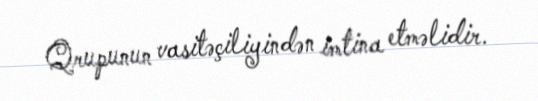
Qrupunun vasitəçiliyindən imtina etməlidir.